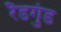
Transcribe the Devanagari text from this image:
रैडगुंड